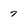
Character: 7